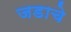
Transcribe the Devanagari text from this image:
जडाचे